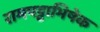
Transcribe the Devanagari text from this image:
रामपट्टाभिषेक